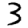
Digit: 3